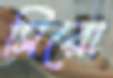
সিরো